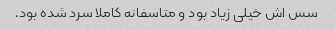
سس اش خیلی زیاد بود و متاسفانه کاملا سرد شده بود.